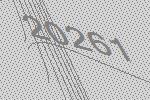
20261